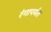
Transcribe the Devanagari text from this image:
रंगापर्यंत